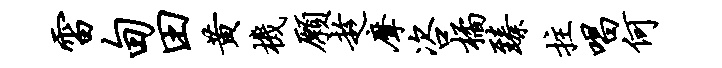
雷甸田黄机愿趁摩咨橘臻拄唱何